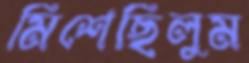
মিশেছিলুম